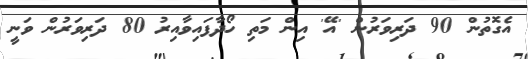
އެގޮތުން 90 ދަރިވަރުން 'އޭ' އިން މަތި ހޯދާފައިވާއިރު 80 ދަރިވަރުން ވަނީ